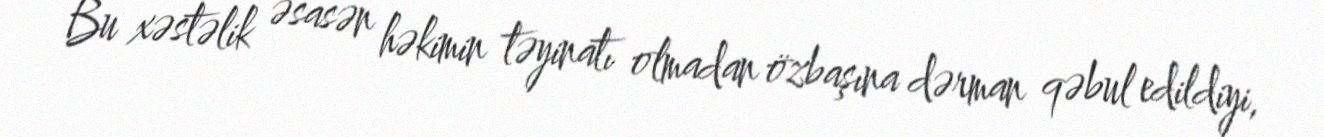
Bu xəstəlik əsasən həkimin təyinatı olmadan özbaşına dərman qəbul edildiyi,